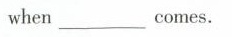
when_____comes.